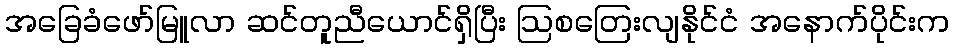
အခြေခံဖော်မြူလာ ဆင်တူညီယောင်ရှိပြီး ဩစတြေးလျနိုင်ငံ အနောက်ပိုင်းက